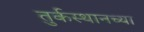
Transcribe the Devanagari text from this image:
तुर्कस्थानच्या